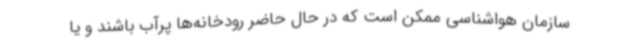
سازمان هواشناسی ممکن است که در حال حاضر رودخانه‌ها پرآب باشند و یا